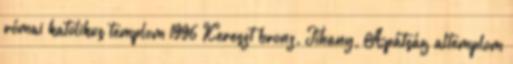
római katolikus templom 1996 Kereszt bronz, Tihany, Apátság altemplom